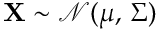
\mathbf { X } \sim { \mathcal { N } } ( { \boldsymbol { \mu } } , \, { \boldsymbol { \Sigma } } )